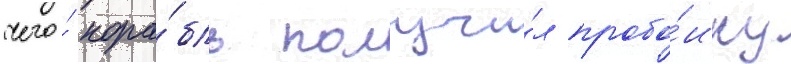
чего́ кора́бль получи́л пробо́ину